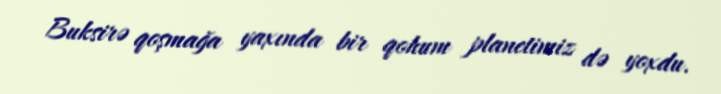
Buksirə qoşmağa yaxında bir qohum planetimiz də yoxdu.